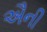
ઐની